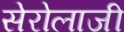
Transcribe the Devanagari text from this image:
सेरोलाजी